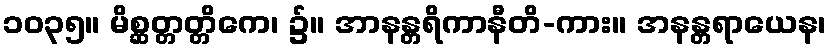
၁၀၃၅။ မိစ္ဆတ္တတ္တိကေ၊ ၌။ အာနန္တရိကာနီတိ-ကား။ အနန္တရာယေန၊